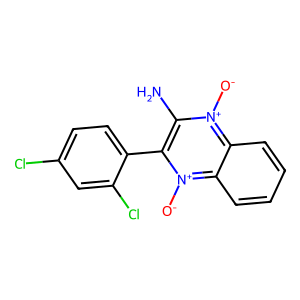
SMILES: Nc1c(-c2ccc(Cl)cc2Cl)[n+]([O-])c2ccccc2[n+]1[O-]
Inhibits HIV replication: No